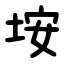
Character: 垵